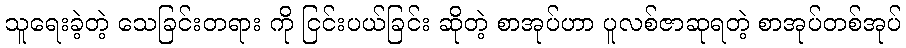
သူရေးခဲ့တဲ့ သေခြင်းတရား ကို ငြင်းပယ်ခြင်း ဆိုတဲ့ စာအုပ်ဟာ ပူလစ်ဇာဆုရတဲ့ စာအုပ်တစ်အုပ်